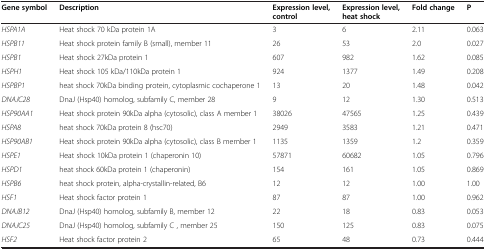
<table><thead><tr><td><b>Gene symbol</b></td><td><b>Description</b></td><td><b>Expression level, control</b></td><td><b>Expression level, heat shock</b></td><td><b>Fold change</b></td><td><b>P</b></td></tr></thead><tbody><tr><td><i>HSPA1A</i></td><td>Heat shock 70 kDa protein 1A</td><td>3</td><td>6</td><td>2.11</td><td>0.063</td></tr><tr><td><i>HSPB11</i></td><td>Heat shock protein family B (small), member 11</td><td>26</td><td>53</td><td>2.0</td><td>0.027</td></tr><tr><td><i>HSPB1</i></td><td>Heat shock 27kDa protein 1</td><td>607</td><td>982</td><td>1.62</td><td>0.085</td></tr><tr><td><i>HSPH1</i></td><td>Heat shock 105 kDa/110kDa protein 1</td><td>924</td><td>1377</td><td>1.49</td><td>0.208</td></tr><tr><td><i>HSPBP1</i></td><td>heat shock 70kDa binding protein, cytoplasmic cochaperone 1</td><td>13</td><td>20</td><td>1.48</td><td>0.042</td></tr><tr><td><i>DNAJC28</i></td><td>DnaJ (Hsp40) homolog, subfamily C, member 28</td><td>9</td><td>12</td><td>1.30</td><td>0.513</td></tr><tr><td><i>HSP90AA1</i></td><td>Heat shock protein 90kDa alpha (cytosolic), class A member 1</td><td>38026</td><td>47565</td><td>1.25</td><td>0.439</td></tr><tr><td><i>HSPA8</i></td><td>heat shock 70kDa protein 8 (hsc70)</td><td>2949</td><td>3583</td><td>1.21</td><td>0.471</td></tr><tr><td><i>HSP90AB1</i></td><td>Heat shock protein 90kDa alpha (cytosolic), class B member 1</td><td>1135</td><td>1359</td><td>1.2</td><td>0.359</td></tr><tr><td><i>HSPE1</i></td><td>Heat shock 10kDa protein 1 (chaperonin 10)</td><td>57871</td><td>60682</td><td>1.05</td><td>0.796</td></tr><tr><td><i>HSPD1</i></td><td>heat shock 60kDa protein 1 (chaperonin)</td><td>154</td><td>161</td><td>1.05</td><td>0.869</td></tr><tr><td><i>HSPB6</i></td><td>heat shock protein, alpha-crystallin-related, B6</td><td>12</td><td>12</td><td>1.00</td><td>1.00</td></tr><tr><td><i>HSF1</i></td><td>Heat shock factor protein 1</td><td>87</td><td>87</td><td>1.00</td><td>0.962</td></tr><tr><td><i>DNAJB12</i></td><td>DnaJ (Hsp40) homolog, subfamily B, member 12</td><td>22</td><td>18</td><td>0.83</td><td>0.053</td></tr><tr><td><i>DNAJC25</i></td><td>DnaJ (Hsp40) homolog, subfamily C , member 25</td><td>150</td><td>125</td><td>0.83</td><td>0.075</td></tr><tr><td><i>HSF2</i></td><td>Heat shock factor protein 2</td><td>65</td><td>48</td><td>0.73</td><td>0.444</td></tr></tbody></table>